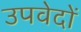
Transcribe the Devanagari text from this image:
उपवेदाें